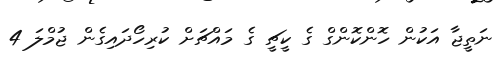
ނަތީޖާ އަކުން ހޮންކޮންގް ގެ ކީޗީ ގެ މައްޗަށް ކުރިހޯދައިގެން ޖުމްލަ 4